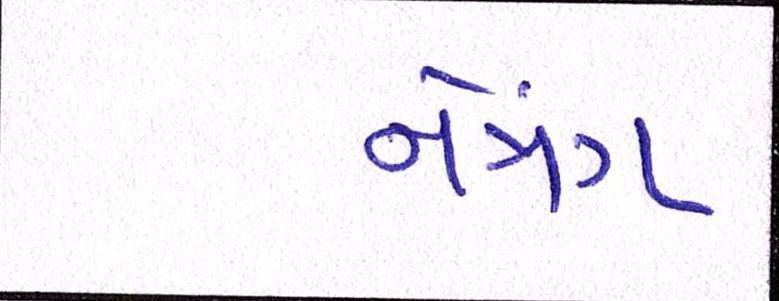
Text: નેત્રંગ